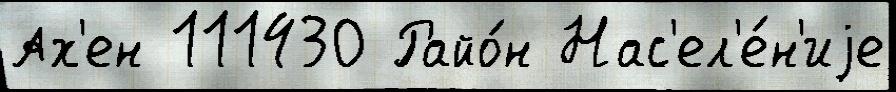
Ах'ен 111430 Райо́н Нас'ел'е́н'иjе